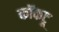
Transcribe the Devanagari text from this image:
कॉकटू